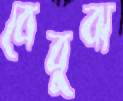
বেবুঝ